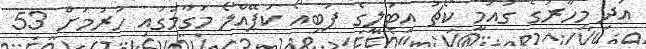
އަދި މިހާރުގެ ގައުމީ ކޯޗު އިޓަލީގެ ފަބިއޯ ކަޕޭއްލޯ މަގާމުގައި ހުރުމަށް 53